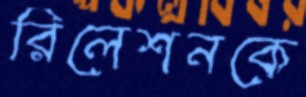
রিলেশনকে